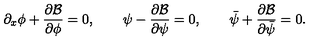
\partial _ { x } \phi + \frac { \partial { \cal B } } { \partial \phi } = 0 , \qquad \psi - \frac { \partial { \cal B } } { \partial \psi } = 0 , \qquad \bar { \psi } + \frac { \partial { \cal B } } { \partial \bar { \psi } } = 0 .